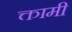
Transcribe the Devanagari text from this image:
क्तामी